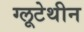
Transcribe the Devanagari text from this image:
ग्लूटेथीन